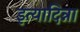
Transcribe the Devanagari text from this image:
इत्यादिन्ना